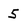
Character: 5